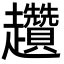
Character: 趲